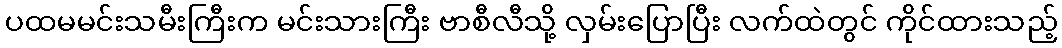
ပထမမင်းသမီးကြီးက မင်းသားကြီး ဗာစီလီသို့ လှမ်းပြောပြီး လက်ထဲတွင် ကိုင်ထားသည့်